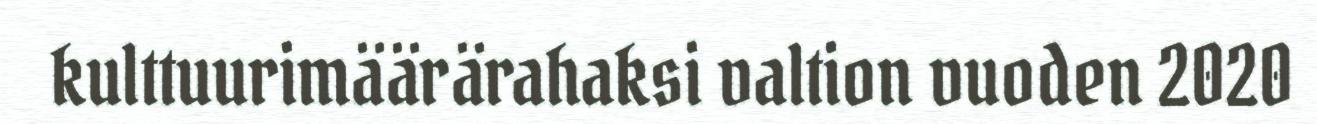
kulttuurimäärärahaksi valtion vuoden 2020